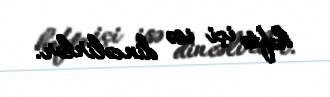
həftə içi isə dincəlirlər.